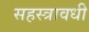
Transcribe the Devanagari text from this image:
सहस्त्रावधी